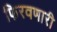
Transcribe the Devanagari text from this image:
फिरवणारी